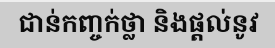
ជាន់កញ្ចក់ថ្លា និងផ្តល់នូវ